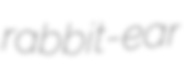
rabbit-ear